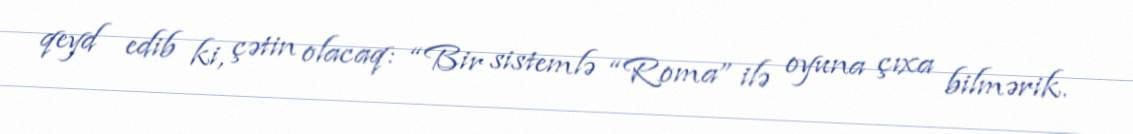
qeyd edib ki, çətin olacaq: “Bir sistemlə “Roma” ilə oyuna çıxa bilmərik.